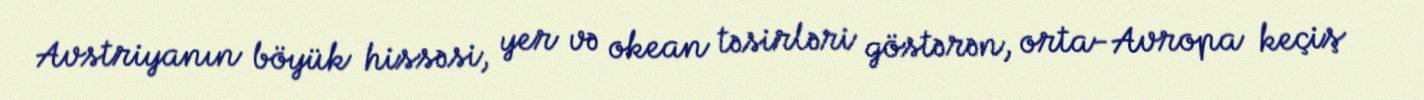
Avstriyanın böyük hissəsi, yer və okean təsirləri göstərən, orta-Avropa keçiş